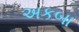
અકબા